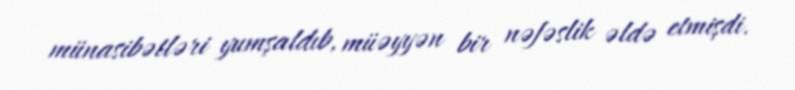
münasibətləri yumşaldıb, müəyyən bir nəfəslik əldə etmişdi.